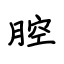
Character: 腔